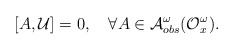
\begin{align*}[A, {\cal U}]=0,~~~\forall A\in{\cal A}^{\omega}_{obs}({\cal O}^{\omega}_{x}).\end{align*}